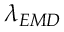
\lambda _ { E M D }